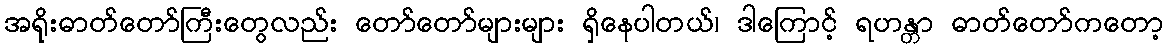
အရိုးဓာတ်တော်ကြီးတွေလည်း တော်တော်များများ ရှိနေပါတယ်၊ ဒါကြောင့် ရဟန္တာ ဓာတ်တော်ကတော့